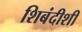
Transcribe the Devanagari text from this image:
शिबंदीशी